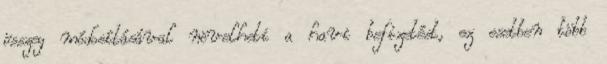
összeg módosításával növelheti a havi befizetést, ez esetben több